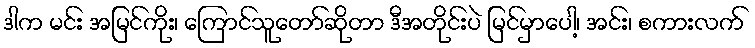
ဒါက မင်း အမြင်ကိုး၊ ကြောင်သူတော်ဆိုတာ ဒီအတိုင်းပဲ မြင်မှာပေါ့၊ အင်း၊ စကားလက်